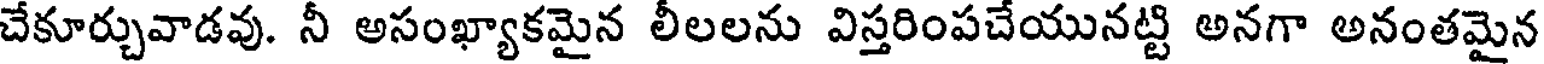
చేకూర్చువాడవు. నీ అసంఖ్యాకమైన లీలలను విస్తరింపచేయునట్టి అనగా అనంతమైన